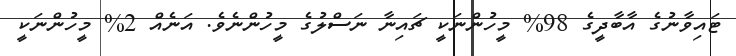
ޓައިވާނުގެ އާބާދީގެ 98% މީހުންނަކީ ޗައިނާ ނަސްލުގެ މީހުންނެވެ. އަނެއް 2% މީހުންނަކީ